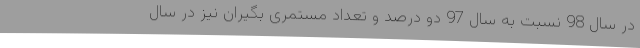
در سال 98 نسبت به سال 97 دو درصد و تعداد مستمری بگیران نیز در سال